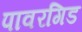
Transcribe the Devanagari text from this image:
पावरगिड